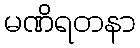
မဏိရတနာ